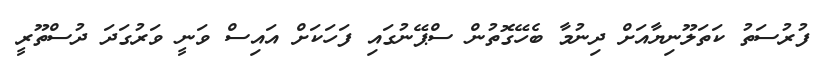
ފުރުސަތު ކަތަލޫނިޔާއަށް ދިނުމާ ބެހޭގޮތުން ސްޕޭނުގައި ފަހަކަށް އައިސް ވަނީ ވަރުގަދަ ދުސްތޫރީ